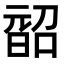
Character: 𭦨